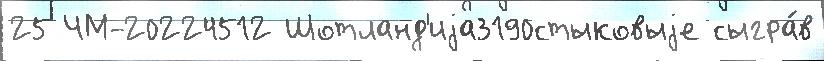
25 ЧМ-20224512 Шотланд'иjа3190стыковыjе сыгра́в